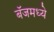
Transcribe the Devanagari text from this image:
बॅजमध्ये